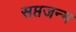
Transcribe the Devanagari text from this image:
सप्तजन्म